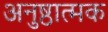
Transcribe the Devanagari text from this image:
अनुष्ठात्मक